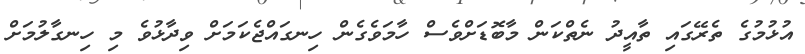
އުޅުމުގެ ތެރޭގައި ތާއީދު ނެތްކަން މާބޮޑަށްވެސް ހާމަވެގެން ހިނގައްޖެކަމަށް ވިދާޅުވެ މި ހިނގާލުމަށް